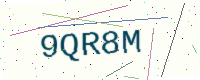
Text: 9QR8M